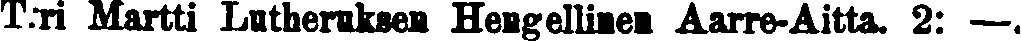
T:ri Martti Lutheruksen Hengellinen Aarre-Aitta. 2: —.